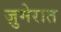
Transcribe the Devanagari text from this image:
ज़ुमेरात